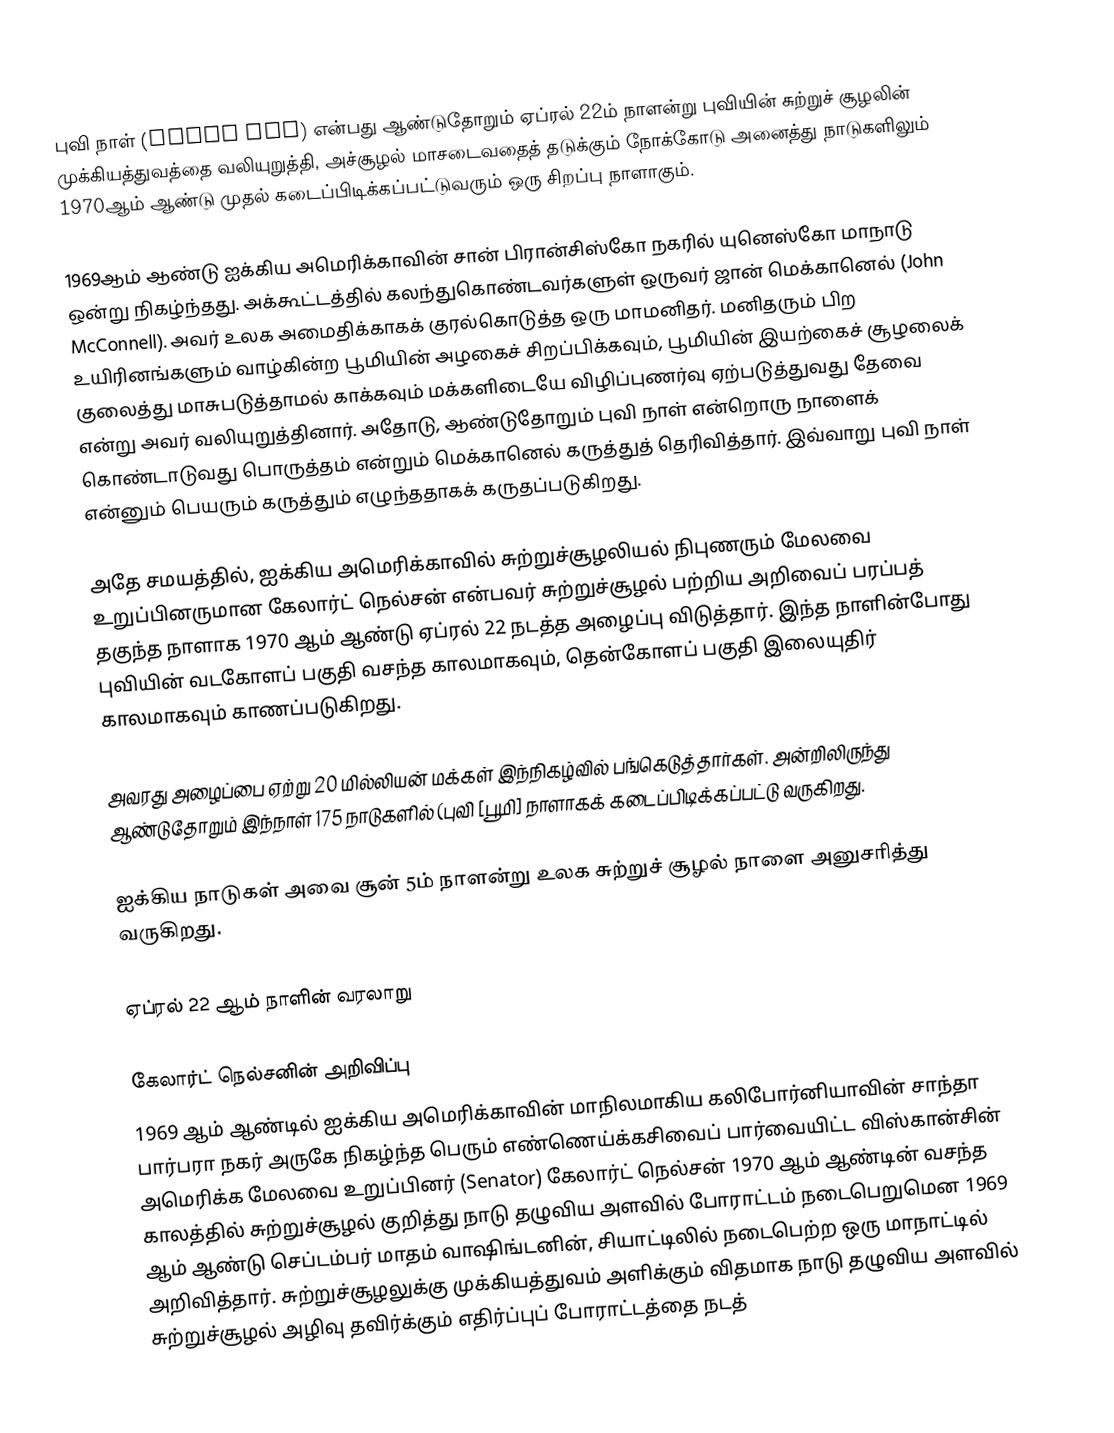
புவி நாள் (Earth Day) என்பது ஆண்டுதோறும் ஏப்ரல் 22ம் நாளன்று புவியின் சுற்றுச் சூழலின் முக்கியத்துவத்தை வலியுறுத்தி, அச்சூழல் மாசடைவதைத் தடுக்கும் நோக்கோடு அனைத்து நாடுகளிலும் 1970ஆம் ஆண்டு முதல் கடைப்பிடிக்கப்பட்டுவரும் ஒரு சிறப்பு நாளாகும்.

1969ஆம் ஆண்டு ஐக்கிய அமெரிக்காவின் சான் பிரான்சிஸ்கோ நகரில் யுனெஸ்கோ மாநாடு ஒன்று நிகழ்ந்தது. அக்கூட்டத்தில் கலந்துகொண்டவர்களுள் ஒருவர் ஜான் மெக்கானெல் (John McConnell). அவர் உலக அமைதிக்காகக் குரல்கொடுத்த ஒரு மாமனிதர். மனிதரும் பிற உயிரினங்களும் வாழ்கின்ற பூமியின் அழகைச் சிறப்பிக்கவும், பூமியின் இயற்கைச் சூழலைக் குலைத்து மாசுபடுத்தாமல் காக்கவும் மக்களிடையே விழிப்புணர்வு ஏற்படுத்துவது தேவை என்று அவர் வலியுறுத்தினார். அதோடு, ஆண்டுதோறும் புவி நாள் என்றொரு நாளைக் கொண்டாடுவது பொருத்தம் என்றும் மெக்கானெல் கருத்துத் தெரிவித்தார். இவ்வாறு புவி நாள்  என்னும் பெயரும் கருத்தும் எழுந்ததாகக் கருதப்படுகிறது.

அதே சமயத்தில், ஐக்கிய அமெரிக்காவில் சுற்றுச்சூழலியல் நிபுணரும் மேலவை உறுப்பினருமான கேலார்ட் நெல்சன் என்பவர் சுற்றுச்சூழல் பற்றிய அறிவைப் பரப்பத் தகுந்த நாளாக 1970 ஆம் ஆண்டு ஏப்ரல் 22 நடத்த அழைப்பு விடுத்தார். இந்த நாளின்போது புவியின் வடகோளப் பகுதி வசந்த காலமாகவும், தென்கோளப் பகுதி இலையுதிர் காலமாகவும் காணப்படுகிறது.

அவரது அழைப்பை ஏற்று 20 மில்லியன் மக்கள் இந்நிகழ்வில் பங்கெடுத்தார்கள். அன்றிலிருந்து ஆண்டுதோறும் இந்நாள் 175 நாடுகளில் (புவி [பூமி] நாளாகக் கடைப்பிடிக்கப்பட்டு வருகிறது.

ஐக்கிய நாடுகள் அவை சூன் 5ம் நாளன்று உலக சுற்றுச் சூழல் நாளை அனுசரித்து வருகிறது.

ஏப்ரல் 22 ஆம் நாளின் வரலாறு

கேலார்ட் நெல்சனின் அறிவிப்பு
1969 ஆம் ஆண்டில் ஐக்கிய அமெரிக்காவின் மாநிலமாகிய கலிபோர்னியாவின் சாந்தா பார்பரா நகர் அருகே நிகழ்ந்த பெரும் எண்ணெய்க்கசிவைப் பார்வையிட்ட விஸ்கான்சின் அமெரிக்க மேலவை உறுப்பினர் (Senator) கேலார்ட் நெல்சன் 1970 ஆம் ஆண்டின் வசந்த காலத்தில் சுற்றுச்சூழல் குறித்து நாடு தழுவிய அளவில் போராட்டம் நடைபெறுமென 1969 ஆம் ஆண்டு செப்டம்பர் மாதம் வாஷிங்டனின், சியாட்டிலில் நடைபெற்ற ஒரு மாநாட்டில் அறிவித்தார். சுற்றுச்சூழலுக்கு முக்கியத்துவம் அளிக்கும் விதமாக நாடு தழுவிய அளவில் சுற்றுச்சூழல் அழிவு தவிர்க்கும் எதிர்ப்புப் போராட்டத்தை நடத்